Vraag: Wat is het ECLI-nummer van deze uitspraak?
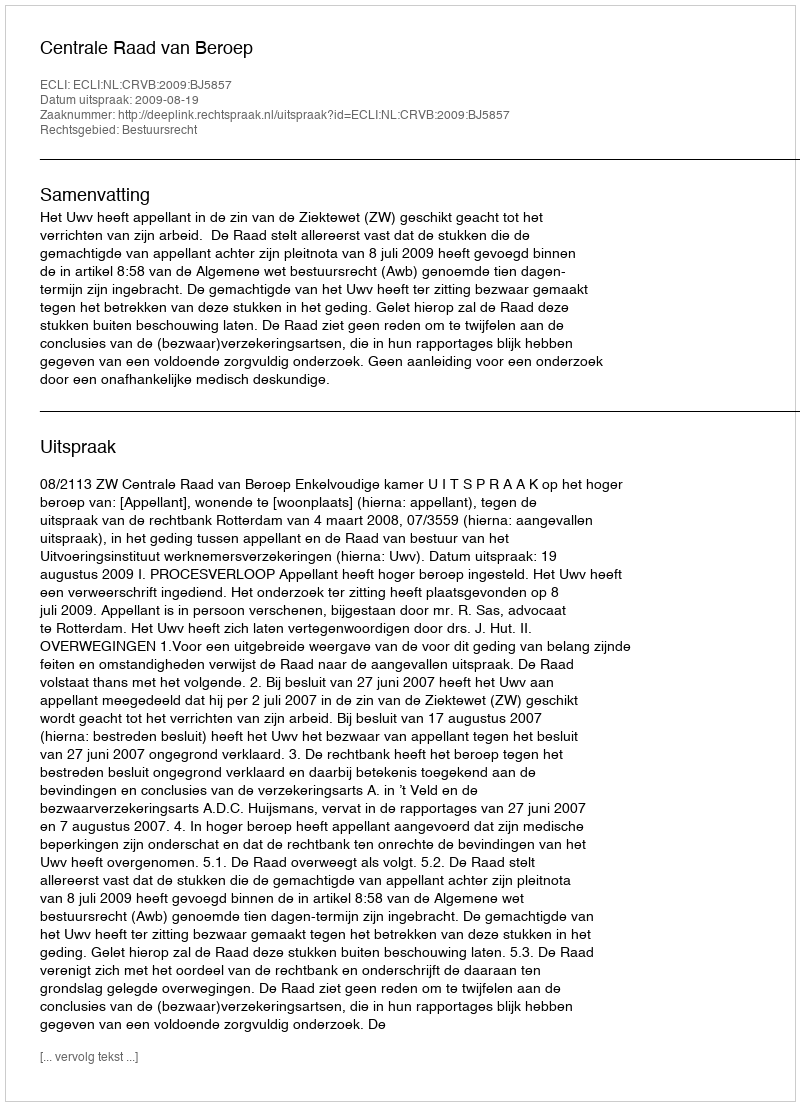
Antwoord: ECLI:NL:CRVB:2009:BJ5857